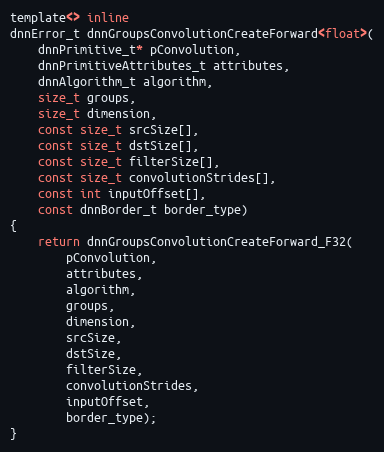
Language: C
template<> inline
dnnError_t dnnGroupsConvolutionCreateForward<float>(
    dnnPrimitive_t* pConvolution,
    dnnPrimitiveAttributes_t attributes,
    dnnAlgorithm_t algorithm,
    size_t groups,
    size_t dimension,
    const size_t srcSize[],
    const size_t dstSize[],
    const size_t filterSize[],
    const size_t convolutionStrides[],
    const int inputOffset[],
    const dnnBorder_t border_type)
{
    return dnnGroupsConvolutionCreateForward_F32(
        pConvolution,
        attributes,
        algorithm,
        groups,
        dimension,
        srcSize,
        dstSize,
        filterSize,
        convolutionStrides,
        inputOffset,
        border_type);
}